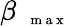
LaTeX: \beta_{\mathrm{~{~\scriptsize~m~a~x~}~}}